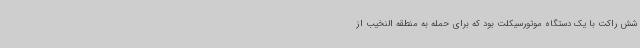
شش راکت با یک دستگاه موتورسیکلت بود که برای حمله به منطقه النخیب از